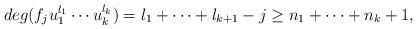
LaTeX: \begin{align*} deg(f_j{u_1^{l_1}}\cdots u_k^{l_k})=l_1+\cdots+l_{k+1}-j\ge n_1+\cdots+n_k+1, \end{align*}